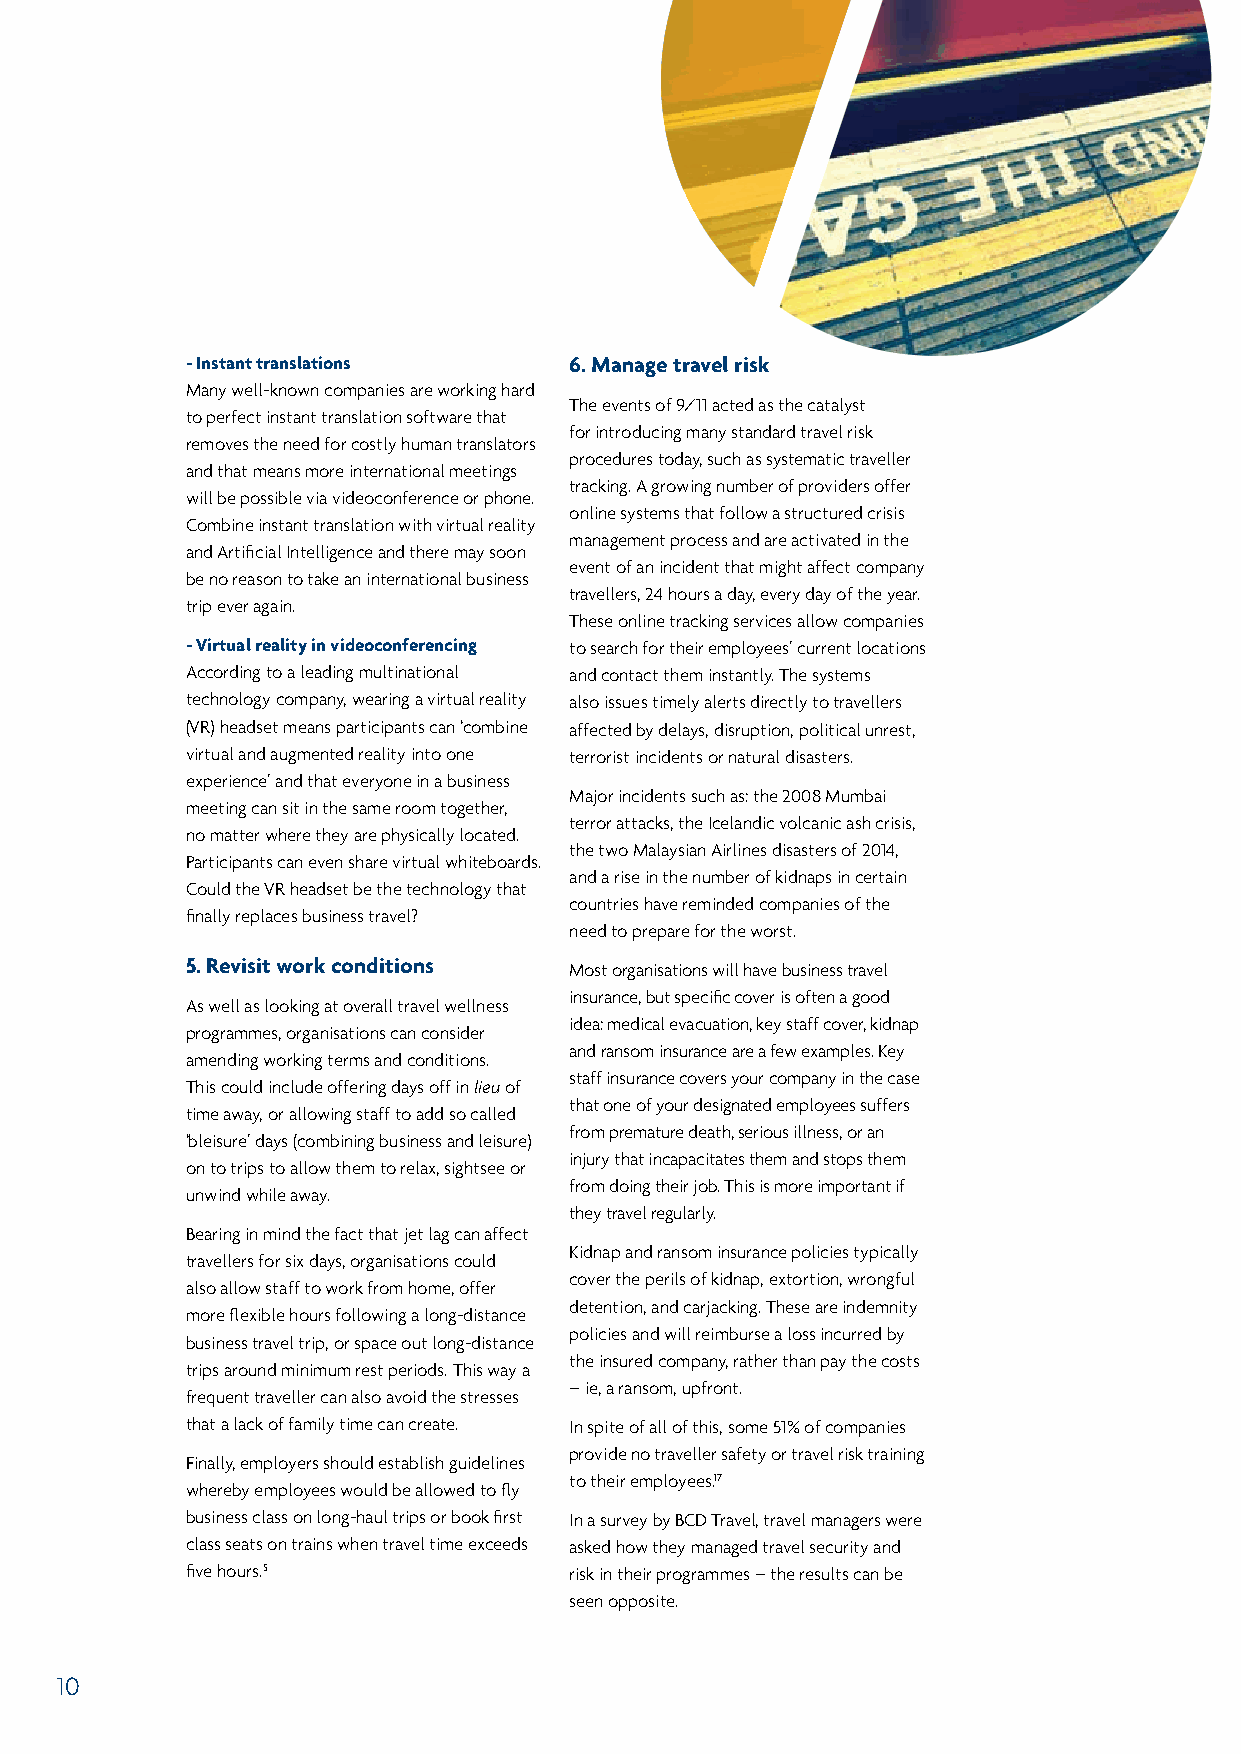
- Instant translations    6. Manage travel risk
 Many well-known companies are working hard
 The events of 9/11 acted as the catalyst
 to perfect instant translation software that
 for introducing many standard travel risk
 removes the need for costly human translators
 procedures today, such as systematic traveller
 and that means more international meetings
 tracking. A growing number of providers offer
 will be possible via videoconference or phone.
 online systems that follow a structured crisis
 Combine instant translation with virtual reality
 management process and are activated in the
 and Artificial Intelligence and there may soon
 event of an incident that might affect company
 be no reason to take an international business
 travellers, 24 hours a day, every day of the year.
 trip ever again.
 These online tracking services allow companies
 - Virtual reality in videoconferencing to search for their employees’ current locations
 According to a leading multinational and contact them instantly. The systems
 technology company, wearing a virtual reality also issues timely alerts directly to travellers
 (VR) headset means participants can ‘combine affected by delays, disruption, political unrest,
 virtual and augmented reality into one terrorist incidents or natural disasters.
 experience’ and that everyone in a business
 Major incidents such as: the 2008 Mumbai
 meeting can sit in the same room together,
 terror attacks, the Icelandic volcanic ash crisis,
 no matter where they are physically located.
 the two Malaysian Airlines disasters of 2014,
 Participants can even share virtual whiteboards.
 and a rise in the number of kidnaps in certain
 Could the VR headset be the technology that
 countries have reminded companies of the
 finally replaces business travel?
 need to prepare for the worst.
 5. Revisit work conditions Most organisations will have business travel
 insurance, but specific cover is often a good
 As well as looking at overall travel wellness
 idea: medical evacuation, key staff cover, kidnap
 programmes, organisations can consider
 and ransom insurance are a few examples. Key
 amending working terms and conditions.
 staff insurance covers your company in the case
 This could include offering days off in lieu of
 that one of your designated employees suffers
 time away, or allowing staff to add so called
 from premature death, serious illness, or an
 ‘bleisure’ days (combining business and leisure)
 injury that incapacitates them and stops them
 on to trips to allow them to relax, sightsee or
 from doing their job. This is more important if
 unwind while away.
 they travel regularly.
 Bearing in mind the fact that jet lag can affect
 Kidnap and ransom insurance policies typically
 travellers for six days, organisations could
 cover the perils of kidnap, extortion, wrongful
 also allow staff to work from home, offer
 detention, and carjacking. These are indemnity
 more flexible hours following a long-distance
 policies and will reimburse a loss incurred by
 business travel trip, or space out long-distance
 the insured company, rather than pay the costs
 trips around minimum rest periods. This way a
 – ie, a ransom, upfront.
 frequent traveller can also avoid the stresses
 that a lack of family time can create. In spite of all of this, some 51% of companies
 provide no traveller safety or travel risk training
 Finally, employers should establish guidelines
 to their employees.17
 whereby employees would be allowed to fly
 business class on long-haul trips or book first In a survey by BCD Travel, travel managers were
 class seats on trains when travel time exceeds asked how they managed travel security and
 five hours.5              risk in their programmes – the results can be
 seen opposite.
 10